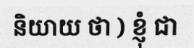
និយាយ ថា ) ខ្ញុំ ជា